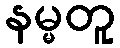
နမ္မတူ